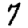
Digit: 7